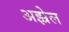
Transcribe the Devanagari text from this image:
अझ्रेल